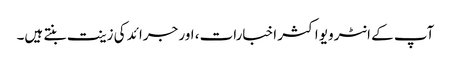
آپ کے انٹرویو اکثر اخبارات، اور جرائد کی زینت بنتے ہیں۔